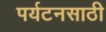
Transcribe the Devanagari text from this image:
पर्यटनसाठी